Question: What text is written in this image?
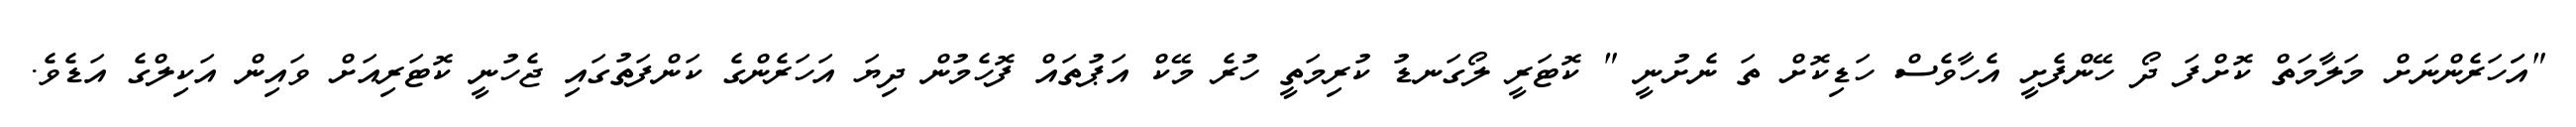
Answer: "އަަހަރެންނަށް މަލާމަތް ކޮށްފަ ދޯ ހޭންފެށީ އެހާވެސް ހަޑިކޮށް ތަ ނެށުނީ " ކޮޓަރީ ލޯގަނޑު ކުރިމަތީ ހުރެ މޭކް އަޕުތައް ފޮހެމުން ދިޔަ އަހަރެންގެ ކަންފަތުގައި ޖެހުނީ ކޮޓަރިއަށް ވައިން އަކިލްގެ އަޑެވެ.